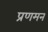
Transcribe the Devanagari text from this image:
प्रणमन